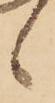
候